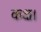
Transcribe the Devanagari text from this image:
कक्ष।